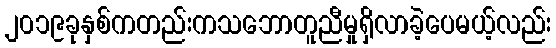
၂၀၁၉ခုနှစ်ကတည်းကသဘောတူညီမှုရှိလာခဲ့ပေမယ့်လည်း